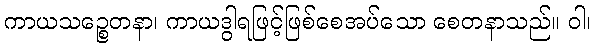
ကာယသဉ္စေတနာ၊ ကာယဒွါရဖြင့်ဖြစ်စေအပ်သော စေတနာသည်။ ဝါ၊